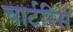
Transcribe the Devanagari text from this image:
चार्टरिस